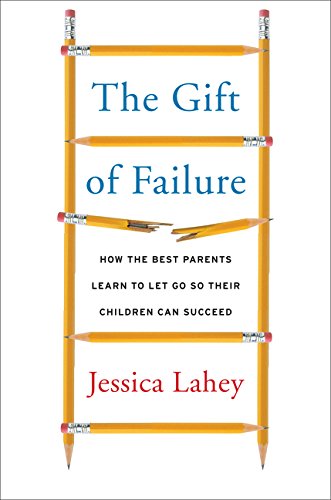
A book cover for The Gift of Failure: How the Best Parents Learn to Let Go So Their Children Can Succeed; Jessica Lahey; Parenting & Relationships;